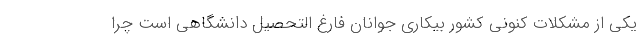
یکی از مشکلات کنونی کشور بیکاری جوانان فارغ التحصیل دانشگاهی است چرا